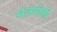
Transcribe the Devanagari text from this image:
संजयोती